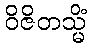
ဝိဇိတသ္မိံ